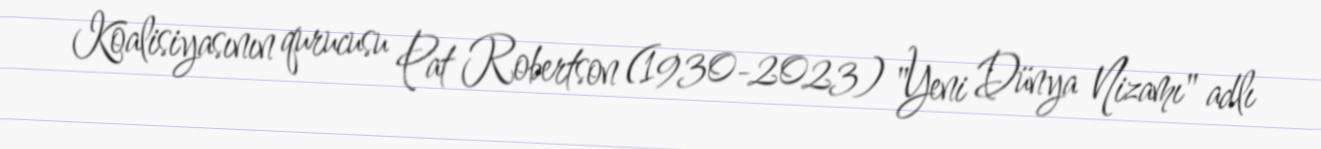
Koalisiyasının qurucusu Pat Robertson (1930-2023) "Yeni Dünya Nizamı" adlı